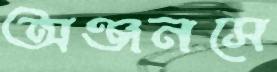
অঞ্জনসে